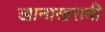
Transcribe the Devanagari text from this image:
खानाखराबी